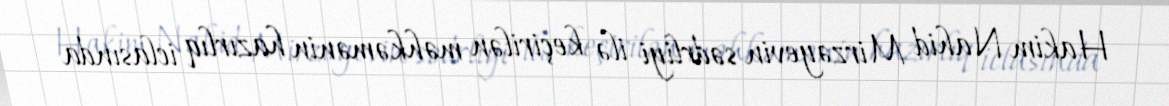
Hakim Nahid Mirzəyevin sədrliyi ilə keçirilən məhkəmənin hazırlıq iclasında